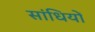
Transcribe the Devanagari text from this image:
सांधियों